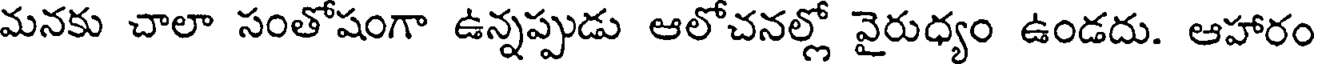
మనకు చాలా సంతోషంగా ఉన్నప్పుడు ఆలోచనల్లో వైరుధ్యం ఉండదు. ఆహారం